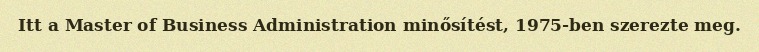
Itt a Master of Business Administration minősítést, 1975-ben szerezte meg.